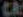
CA